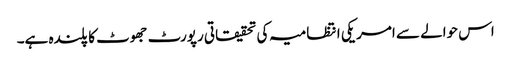
اس حوالے سے امریکی انتظامیہ کی تحقیقاتی رپورٹ جھوٹ کا پلندہ ہے۔